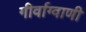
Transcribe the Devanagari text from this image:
गीर्वाग्वाणी